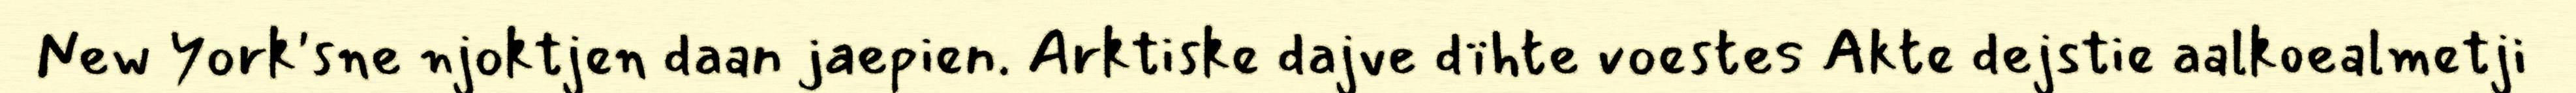
New York'sne njoktjen daan jaepien. Arktiske dajve dïhte voestes Akte dejstie aalkoealmetji